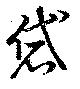
袋